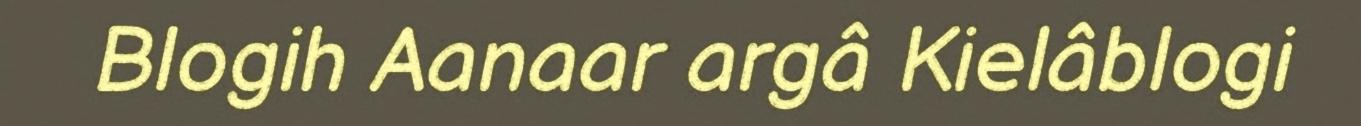
Blogih Aanaar argâ Kielâblogi